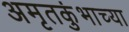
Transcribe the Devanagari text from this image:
अमृतकुंभाच्या